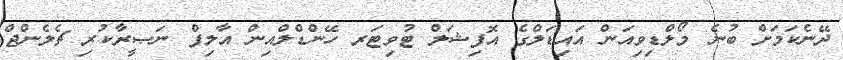
ދޭނެކަމަށް ބުނެ މޯލްޑިވިއަން އައިޑަލްގެ އޮފިޝަލް ޓުވިޓަރ ހޭންޑްލްއިން އާލިފް ނަޞީރާކުރި ޗެލެންޖް